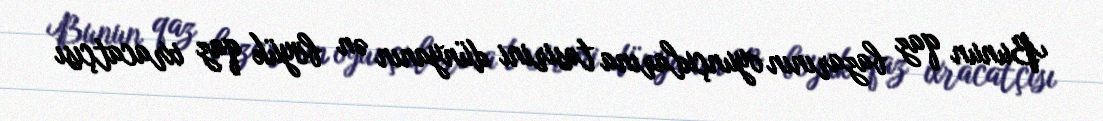
Bunun qaz bazarının oyunçularına təsirini dünyanın ən böyük qaz ixracatçısı